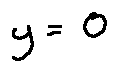
y = 0